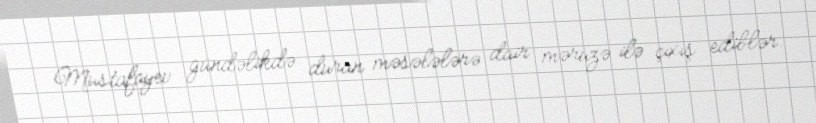
Mustafayev gündəlikdə duran məsələlərə dair məruzə ilə çıxış ediblər.